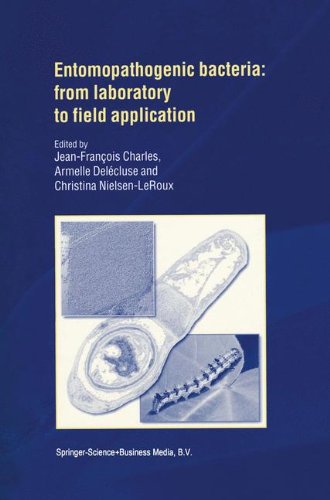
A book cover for Entomopathogenic Bacteria: From Laboratory to Field Application; Jean-Francois Charles; Medical Books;